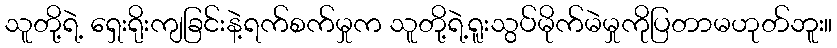
သူတို့ရဲ့ ရှေးရိုးကျခြင်းနဲ့ရက်စက်မှုက သူတို့ရဲ့ရူးသွပ်မိုက်မဲမှုကိုပြတာမဟုတ်ဘူး။